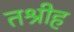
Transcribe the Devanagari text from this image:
तश्रीह